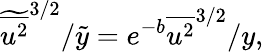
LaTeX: \widetilde{\overline{{u^{2}}}}^{3/2}/\tilde{y}=e^{-b}{\overline{{u^{2}}}^{3/2}}/{y},